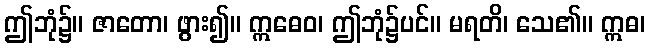
ဤဘုံ၌။ ဇာတော၊ ဖွား၍။ ဣဓေဝ၊ ဤဘုံ၌ပင်။ မရတိ၊ သေ၏။ ဣဓ၊